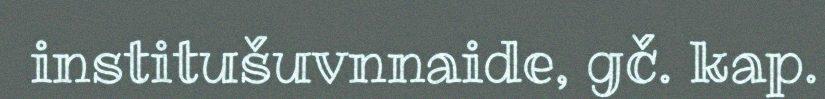
institušuvnnaide, gč. kap.